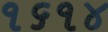
૧૬૧૪